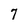
Character: 7